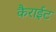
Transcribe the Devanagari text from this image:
कैराईट